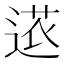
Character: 𮞠